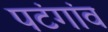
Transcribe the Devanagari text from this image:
पटंगांव